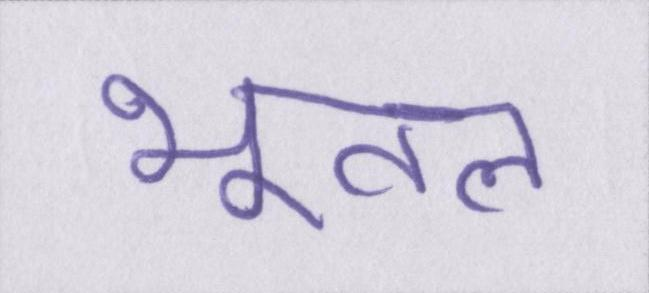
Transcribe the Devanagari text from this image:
भूतल